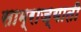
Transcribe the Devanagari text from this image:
साम्राज्याती